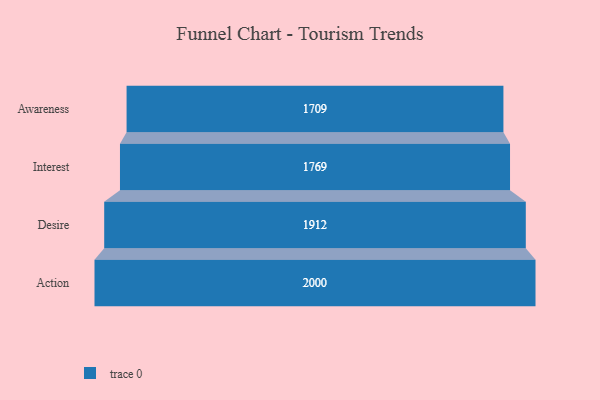
{"axis": {"x": "Stage", "y": "Value"}, "legend": [""], "data": [{"x": "Awareness", "y": 1709.0, "type": ""}, {"x": "Interest", "y": 1769.0, "type": ""}, {"x": "Desire", "y": 1912.0, "type": ""}, {"x": "Action", "y": 2000, "type": ""}]}